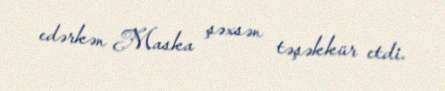
edərkən Maska şəxsən təşəkkür etdi.